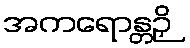
အကရောန္တဉှိ